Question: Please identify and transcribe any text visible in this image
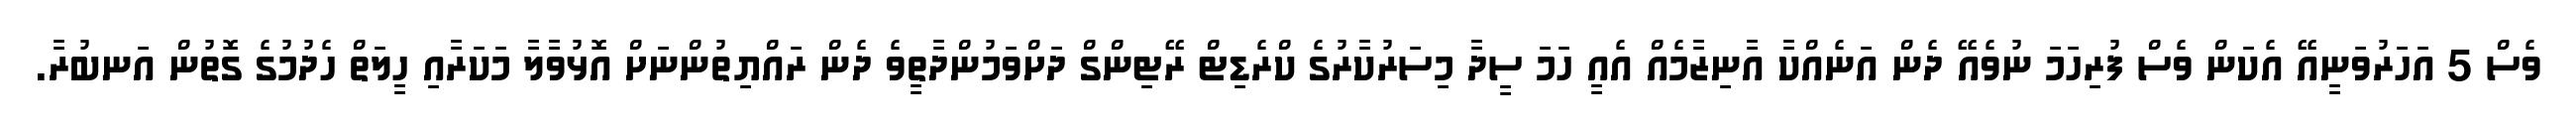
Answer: ވެސް 5 އަހަރުވަނީއޭ އެކަން ވެސް ފުރިހަމަ ނުވެއޭ ދެން އަނެއްކާ އާނިޒާމެއް އެއީ ހަމަ ސީދާ މިސަރުކާރުގެ ކްރެޑިޓް ރޭޓިންގް ދަށްވަމުންދާތީވެ ދެން ރައްޔިތުންނަށް އޮޅުވާލާ މަކަރާއި ހީލަތް ހެދުމުގެ ގޮތުން އަނބުރާ.